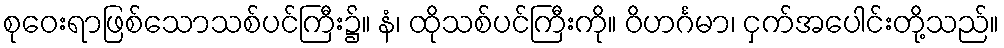
စုဝေးရာဖြစ်သောသစ်ပင်ကြီး၌။ နံ၊ ထိုသစ်ပင်ကြီးကို။ ဝိဟင်္ဂမာ၊ ငှက်အပေါင်းတို့သည်။